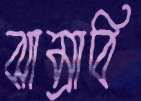
ঝাম্‌রাবি